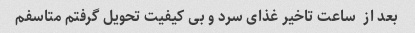
بعد از  ساعت تاخیر غذای سرد و بی کیفیت تحویل گرفتم متاسفم